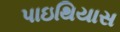
પાઇથિયાસ